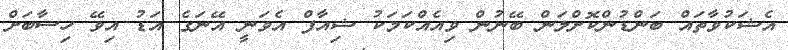
އެޝަކުވާތައް ބަންޑުންކޮށްލަން ބޭނުން ވިއެއްކަމަކު ޝިއާފް އެވަނީ އޭނަގެ އަޑު އިވޭ ހިސާބަށް